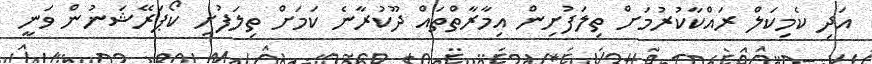
އަދި ކެމިކަލް ރައްކާކުރުމަށް ތިލަފުށިން އިމާރާތްތައް ދޫކުރާނެ ކަމަށް ތިލަފުށި ކޯޕަރޭޝަނުން ވަނީ